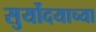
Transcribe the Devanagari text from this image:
सुर्योदयाच्या